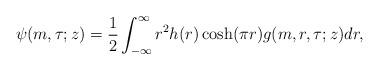
LaTeX: \begin{align*}\psi(m,\tau;z)=\frac{1}{2}\int_{-\infty}^{\infty}r^2h(r)\cosh(\pi r)g(m,r,\tau;z)dr,\end{align*}